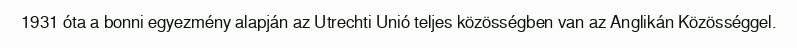
1931 óta a bonni egyezmény alapján az Utrechti Unió teljes közösségben van az Anglikán Közösséggel.